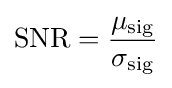
\mathrm {SNR} ={\frac {\mu _{\mathrm {sig} }}{\sigma _{\mathrm {sig} }}}